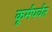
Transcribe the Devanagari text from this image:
कूर्मपर्वत